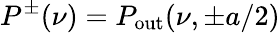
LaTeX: P^{\pm}(\nu)=P_{\mathrm{out}}(\nu,\pm a/2)